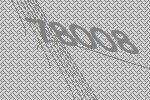
78008